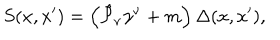
LaTeX: S ( x , x ^ { \prime } ) = \left( \hat { { \cal P } } _ { \nu } \gamma ^ { \nu } + m \right) \Delta ( x , x ^ { \prime } ) ,